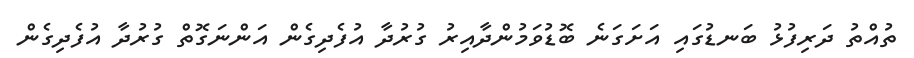
ތުއްތު ދަރިފުޅު ބަނޑުގައި އަށަގަނެ ބޮޑުވަމުންދާއިރު ގުރުދާ އުފެދިގެން އަންނަގޮތް ގުރުދާ އުފެދިގެން